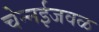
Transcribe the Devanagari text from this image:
चेन्‍नईजवळ